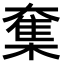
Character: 𡙸